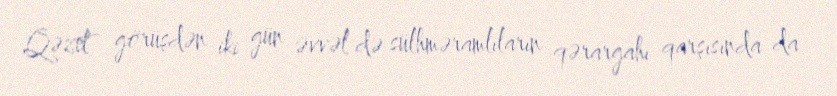
Qəzet görüşdən iki gün əvvəl də sülhməramlıların qərargahı qarşısında da